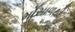
મોસાળથી